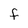
Character: F